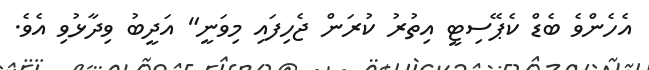
އެހެންވެ ބެޑް ކެޕޭސިޓީ އިތުރު ކުރަން ޖެހިފައި މިވަނީ" އަދީބު ވިދާޅުވި އެވެ.